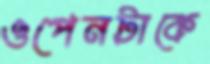
ওপেনটাকে